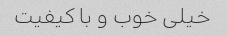
خیلی خوب و با کیفیت